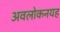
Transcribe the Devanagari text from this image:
अवलोकनयह